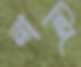
নান্দি